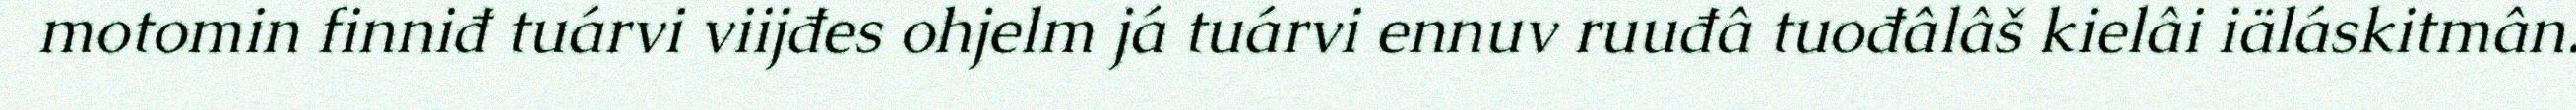
motomin finniđ tuárvi viijđes ohjelm já tuárvi ennuv ruuđâ tuođâlâš kielâi iäláskitmân.